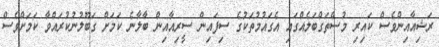
ރަޝިއާއިންވެސް ކައިރި މުސްތަގްބަލެއްގައި އެގައުމުތަކުގެ ސިފައިން ސީރިއާއިން ބާލާނެ ކަމަށް ގަބޫލުނުކުރައްވާ ކަމަށްވެސް